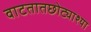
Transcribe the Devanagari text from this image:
वाटतातछोट्याश्या